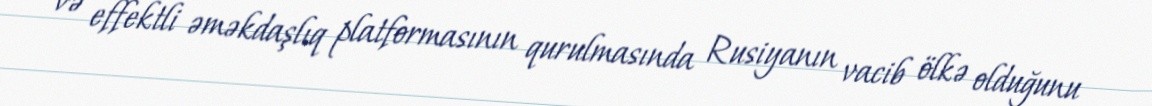
və effektli əməkdaşlıq platformasının qurulmasında Rusiyanın vacib ölkə olduğunu